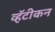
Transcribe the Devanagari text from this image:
व्हॅटीकन